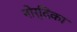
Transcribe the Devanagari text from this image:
नोर्दिका